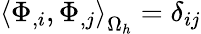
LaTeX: \left<\Phi_{,i},\Phi_{,j}\right>_{\Omega_{h}}=\delta_{ij}